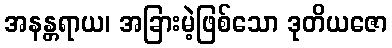
အနန္တရာယ၊ အခြားမဲ့ဖြစ်သော ဒုတိယဇော